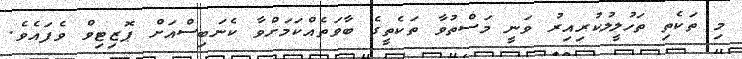
މި ތަކެތި ތަހުލީލުކުރިއިރު ވަނީ މަސްތުވާ ތަކެތީގެ ބާވަތެއްކަމަށްވާ ކެނަބިސްއަށް ޕޮޒިޓިވް ވެފައެވެ.